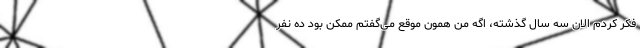
فکر کردم الان سه سال گذشته، اگه من همون موقع می‌گفتم ممکن بود ده نفر